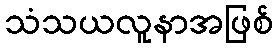
သံသယလူနာအဖြစ်